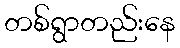
တစ်ရွာတည်းနေ